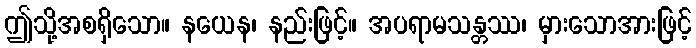
ဤသို့အစရှိသော။ နယေန၊ နည်းဖြင့်။ အပရာမသန္တဿ၊ မှားသောအားဖြင့်